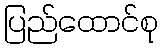
ပြည်ထောင်စု